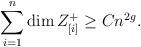
LaTeX: \begin{align*} \sum_{i=1}^{n} \dim Z_{[i]}^{+} \geq Cn^{2g}. \end{align*}